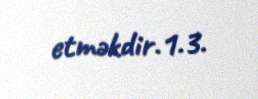
etməkdir.1.3.